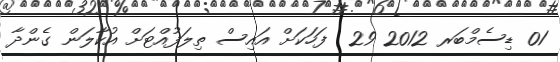
01 ޑިސެމްބަރ 2012 29  ފަހަކަށް އައިސް ތިލަފުއްޓަށް އުކާލަން ގެންދާ